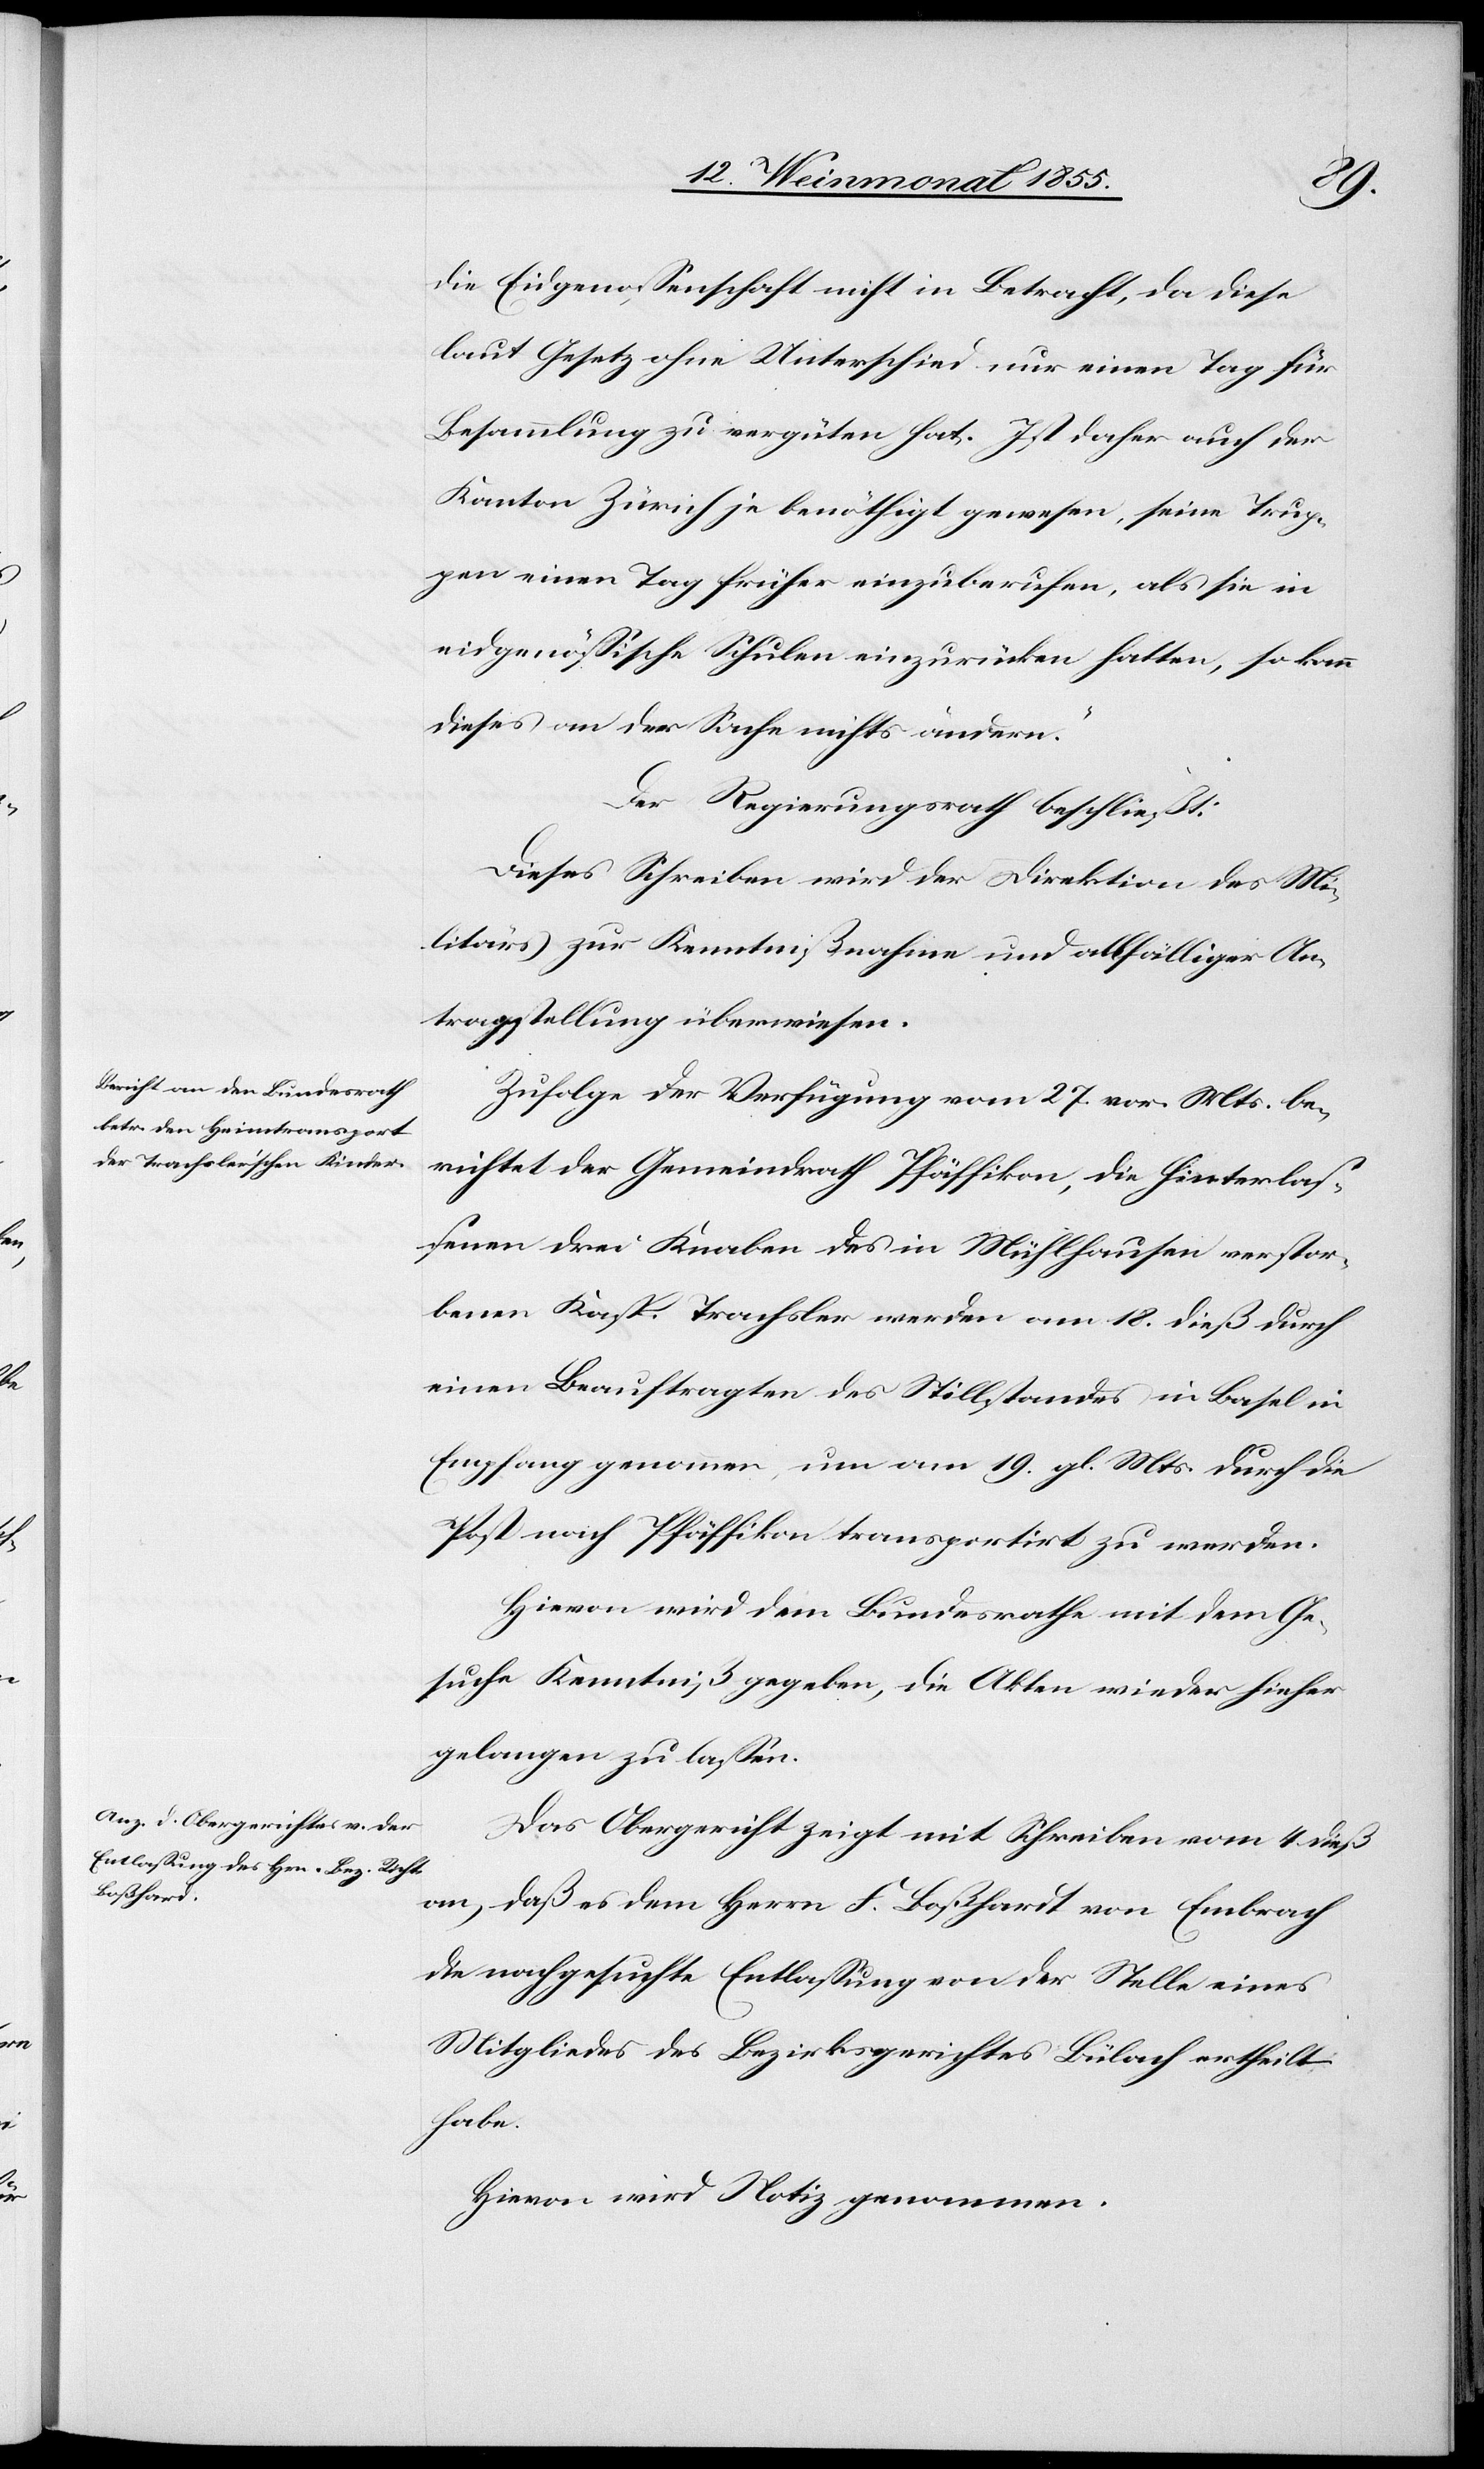
die Eidgenossenschaft nicht in Betracht, da diese
laut Gesetz ohne Unterschied nur einen Tag für
Besammlung zu vergüten hat. Ist daher auch der
Kanton Zürich je benöthigt gewesen, seine Trup¬
pen einen Tag früher einzuberufen, als sie in
eidgenössische Schulen einzurücken hatten, so kann
dieses an der Sache nichts ändern.“
Der Regierungsrath beschließt:
Dieses Schreiben wird der Direktion des Mi¬
litärs zur Kenntnißnahme und allfälliger An¬
tragstellung überwiesen.
Zufolge der Verfügung vom 27. vor. Mts. be¬
richtet der Gemeindrath Pfäffikon, die hinterlas¬
senen drei Knaben des in Mühlhausen verstor¬
benen Kasp. Trachsler werden am 18. dieß durch
einen Beauftragten des Stillstandes in Basel in
Empfang genommen, um am 19. gl. Mts. durch die
Post nach Pfäffikon transportirt zu werden.
Hievon wird dem Bundesrathe mit dem Ge¬
suche Kenntniß gegeben, die Akten wieder hieher
gelangen zu lassen.
Das Obergericht zeigt mit Schreiben vom 4 dieß
an, daß es dem Herrn F. Boßhardt [sic!] von Embrach
die nachgesuchte Entlassung von der Stelle eines
Mitgliedes des Bezirksgerichtes Bülach ertheilt
habe.
Hievon wird Notiz genommen.